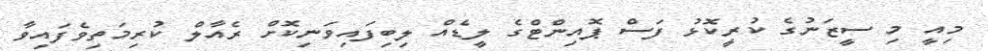
މިއީ މި ސީޒަނުގެ ކުރީކޮޅު ފަސް ޕޮއިންޓްގެ ލީޑެއް ލިބިފައިވަނިކޮށް ރެއާލް ކުރިމަތިވެފައިވާ